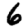
Digit: 6